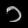
Digit: ၁